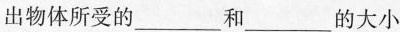
出物体所受的___和___的大小